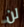
لن